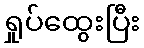
ရှုပ်ထွေးပြီး